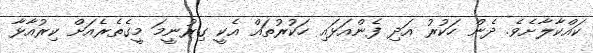
ކައްކާލާށެވެ. ދެން ހަކުރު އަދި ފެންއަޅައި ހަކުރުތައް އެކީ ގިރުނީމަ މީގެތެރެއަށް ކިރުއާޅާ